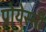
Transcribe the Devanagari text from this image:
प्रोयेस्सी